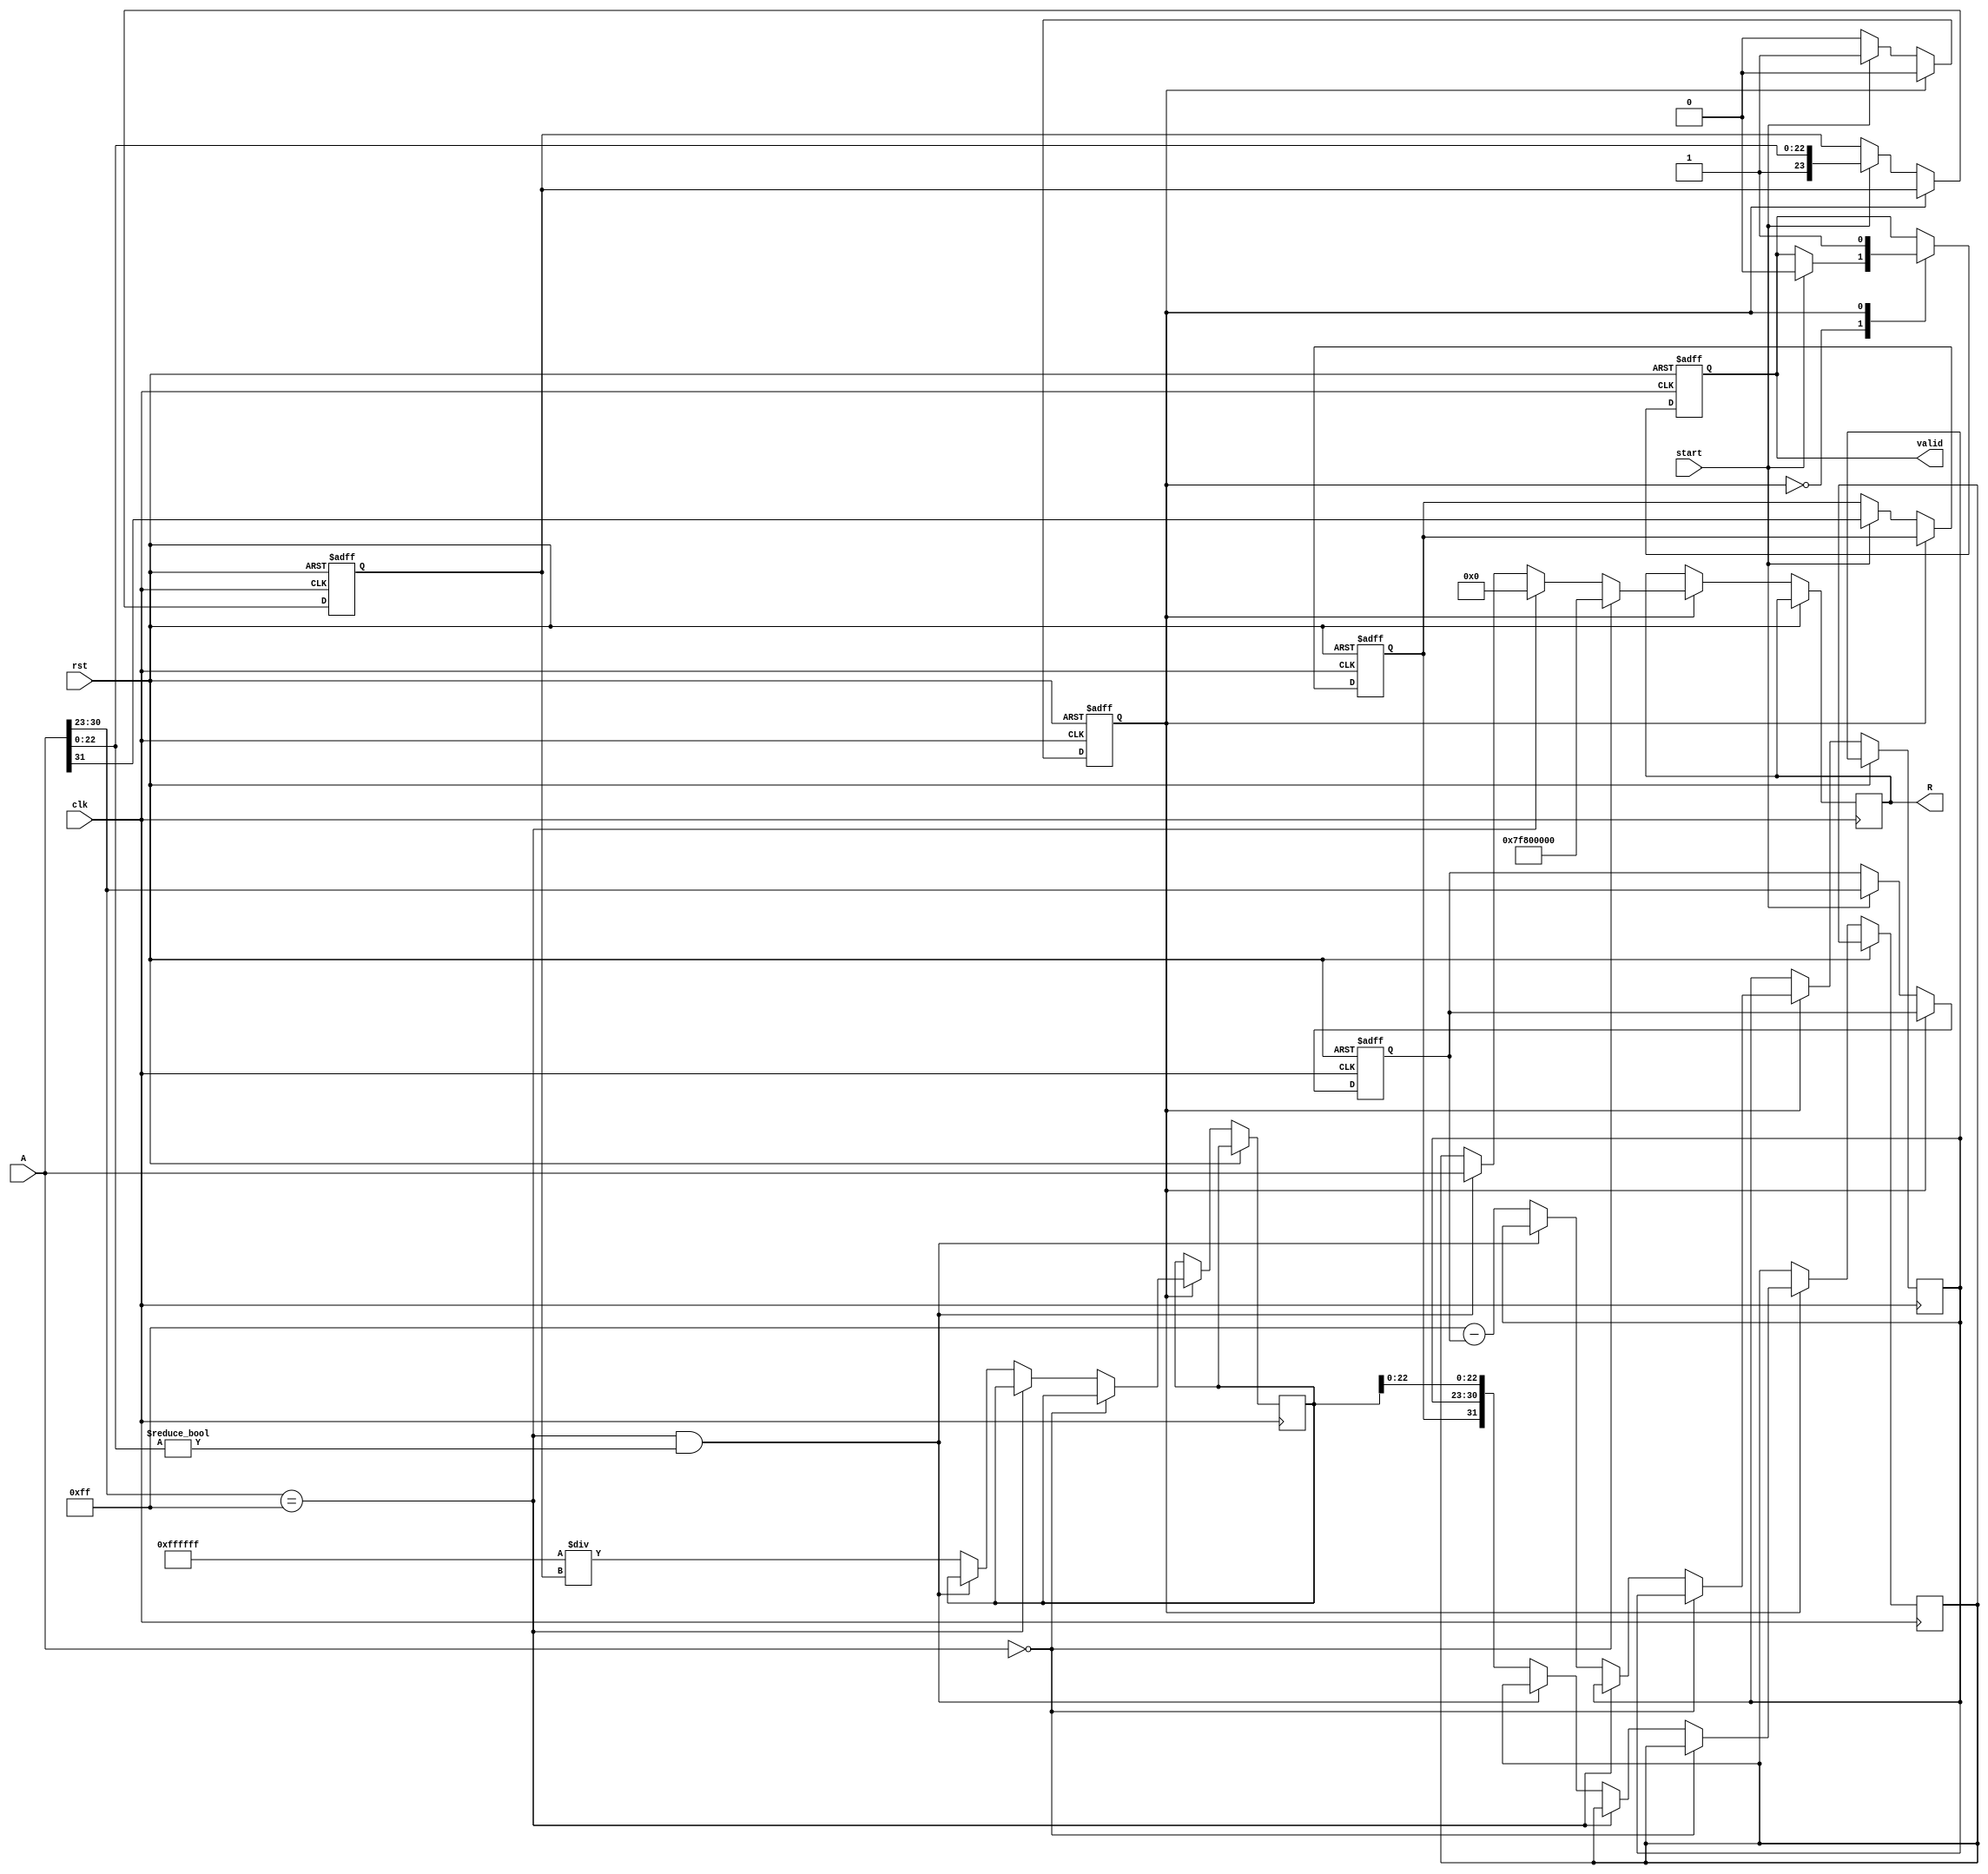
module floating_point_reciprocal (
    input wire clk,
    input wire rst,
    input wire start,
    input wire [31:0] A, // Input floating-point number
    output reg [31:0] R, // Output reciprocal
    output reg valid // Output valid signal
);

    // Internal signals
    reg [7:0] exponent;
    reg [23:0] significand;
    reg sign;
    reg [7:0] new_exponent;
    reg [23:0] inverted_significand;
    reg [31:0] result;
    reg state;

    // State encoding
    localparam IDLE = 1'b0;
    localparam COMPUTE = 1'b1;

    // Input Parsing
    always @(posedge clk or posedge rst) begin
        if (rst) begin
            sign <= 1'b0;
            exponent <= 8'b0;
            significand <= 24'b0;
            state <= IDLE;
            valid <= 1'b0;
        end else begin
            case (state)
                IDLE: begin
                    if (start) begin
                        sign <= A[31]; // Extract sign
                        exponent <= A[30:23]; // Extract exponent
                        significand <= {1'b1, A[22:0]}; // Extract significand with implicit leading 1
                        state <= COMPUTE;
                        valid <= 1'b0;
                    end
                end
                COMPUTE: begin
                    // Handle special cases
                    if (A == 32'b0) begin
                        R <= 32'h7F800000; // Infinity
                        valid <= 1'b1;
                        state <= IDLE;
                    end else if (A[30:23] == 8'hFF) begin
                        R <= 32'b0; // Reciprocal of infinity
                        valid <= 1'b1;
                        state <= IDLE;
                    end else if (A[30:23] == 8'hFF && A[22:0] != 23'b0) begin
                        R <= A; // NaN case
                        valid <= 1'b1;
                        state <= IDLE;
                    end else begin
                        // Exponent calculation for reciprocal
                        new_exponent <= 8'hFF - exponent; // Reciprocal exponent
                        // Significand inversion (simple approximation)
                        inverted_significand <= (24'hFFFFFF / significand); // Simple inversion (not accurate)
                        // Combine results
                        result <= {sign, new_exponent, inverted_significand[22:0]};
                        R <= result;
                        valid <= 1'b1;
                        state <= IDLE;
                    end
                end
            endcase
        end
    end

endmodule